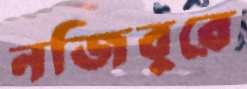
নজিবুরে